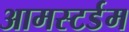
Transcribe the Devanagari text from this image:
आमस्टर्डम